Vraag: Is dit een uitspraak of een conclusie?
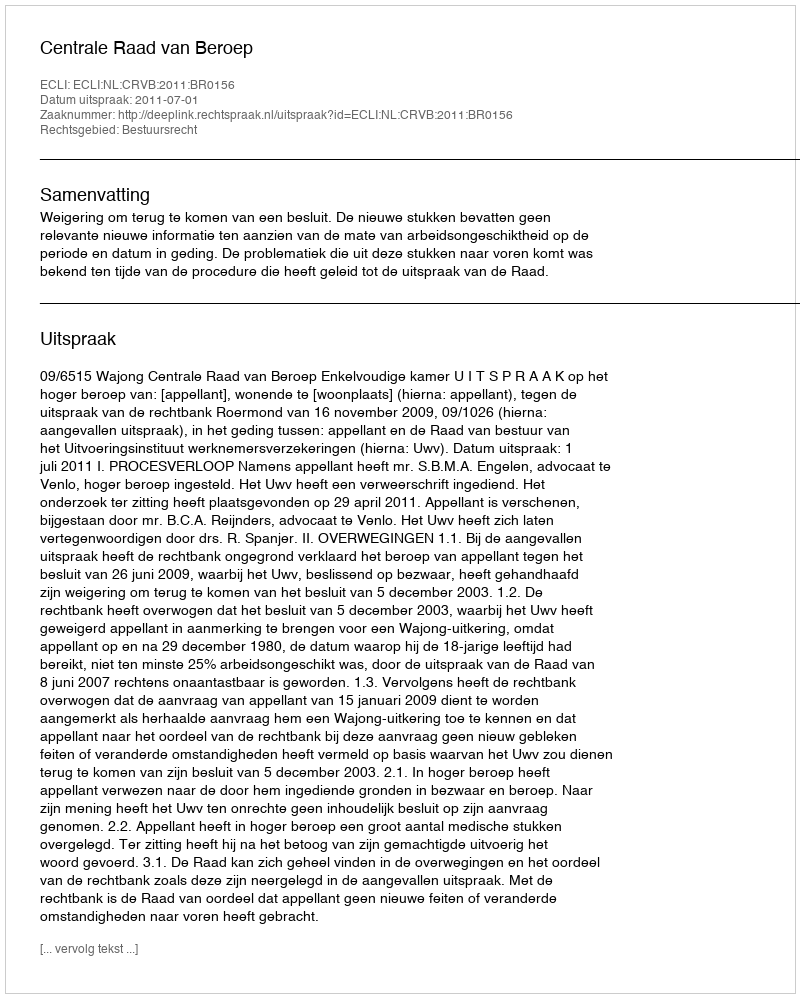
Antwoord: Uitspraak